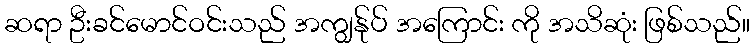
ဆရာ ဦးခင်မောင်ဝင်းသည် အကျွန်ုပ် အကြောင်း ကို အသိဆုံး ဖြစ်သည်။